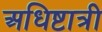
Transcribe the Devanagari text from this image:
अधिष्टात्री